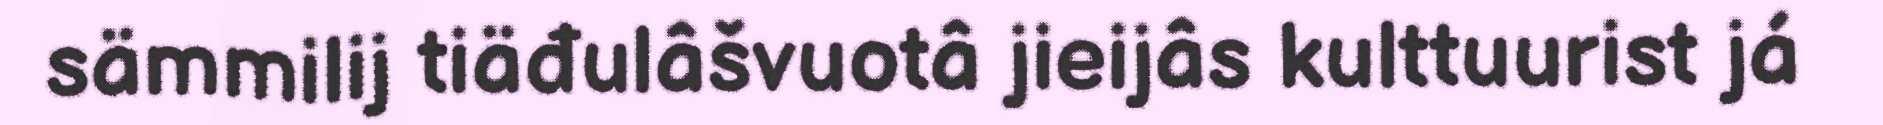
sämmilij tiäđulâšvuotâ jieijâs kulttuurist já